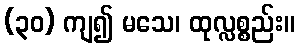
(၃၀) ကျ၍ မသေ၊ ထုလ္လစ္စည်း။